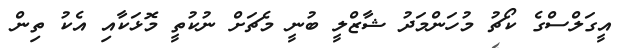
އީގަލްސްގެ ކޯޗު މުހަންމަދު ޝާޒްލީ ބުނީ މެޗަށް ނުކުތީ މޮޅަކާއި އެކު ތިން